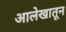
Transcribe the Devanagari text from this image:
आलेखातून